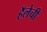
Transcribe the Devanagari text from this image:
हॅलेची